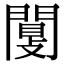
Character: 闅